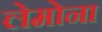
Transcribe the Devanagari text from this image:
लेमोना